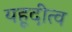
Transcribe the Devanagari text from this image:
यहूदीत्व